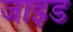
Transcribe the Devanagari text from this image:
जाइड